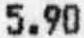
5.90